Calcutta medical institutions reports 1892-1900
Year: 1892
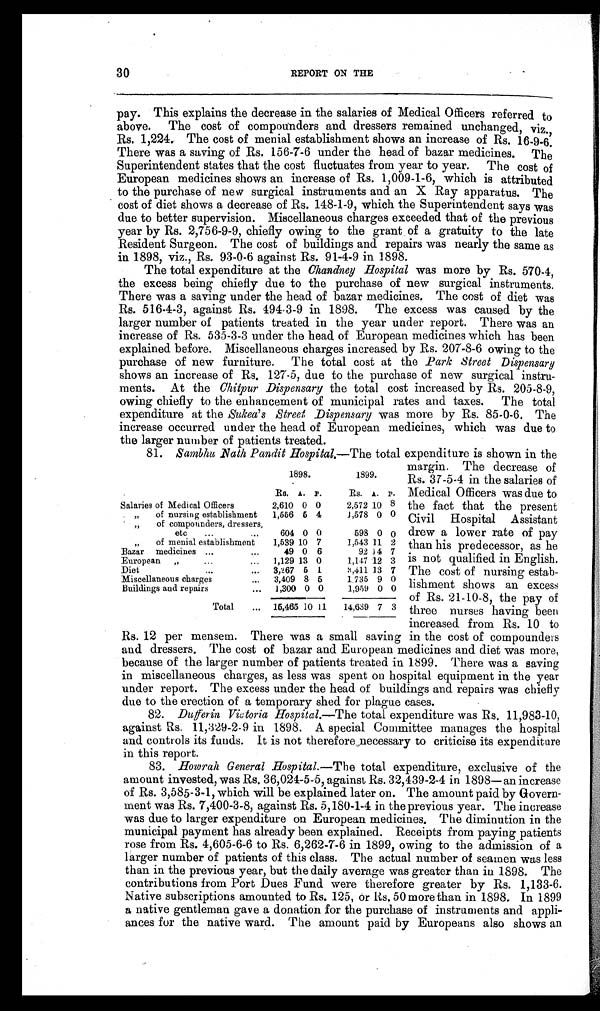
30
REPORT ON THE
pay. This explains the decrease in the salaries of Medical Officers referred to
above. The cost of compounders and dressers remained unchanged, viz ,
Rs. 1,224. The cost of menial establishment shows an increase of Rs. 16-9-6.
There was a saving of Rs. 156-7-6 under the head of bazar medicines. The
Superintendent states that the cost fluctuates from year to year. The cost of
European medicines shows an increase of Rs. 1,009-1-6, which is attributed
to the purchase of new surgical instruments and an X Ray apparatus. The
cost of diet shows a decrease of Rs. 148-1-9, which the Superintendent says was
due to better supervision. Miscellaneous charges exceeded that of the previous
year by Rs. 2,756-9-9, chiefly owing to the grant of a gratuity to the late
Resident Surgeon. The cost of buildings and repairs was nearly the same as
in 1898, viz., Rs. 93-0-6 against Rs. 91-4-9 in 1898.
The total expenditure at the Chandney Hospital was more by Rs. 570-4,
the excess being chiefly due to the purchase of new surgical instruments.
There was a saving under the head of bazar medicines. The cost of diet was
Rs. 516-4-3, against Rs. 494-3-9 in 1898. The excess was caused by the
larger number of patients treated in the year under report. There was an
increase of Rs. 535-3-3 under the head of European medicines which has been
explained before. Miscellaneous charges increased by Rs. 207-8-6 owing to the
purchase of new furniture. The total cost at the Park Street Dispensary
shows an increase of Rs. 127-5, due to the purchase of new surgical instru-
ments. At the Ch i t p u r Di s p e n s a r y t h e t o t a l c o s t i n c r e a s e d b y R s . 2 0 5 - 8 - 9 ,
owing chiefly to the enhancement of municipal rates and taxes. The total
expenditure at the Sulcea's Street Dispensary was more by Rs. 85-0-6. The
increase occurred under the head of European medicines, which was due to
the larger number of patients treated.
81. Sambhu Nath Pandit Hospital.—The total expenditure is shown in the
margin. The decrease of
Rs. 37-5-4 in the salaries of
Medical Officers was due to
the fact that the present
Civil Hospital Assistant
drew a lower rate of pay
than his predecessor, as he
is not qualified in English.
The cost of nursing estab-
lishment shows an excess
of Rs. 21-10-8, the pay of
three nurses having been
increased from Rs. 10 to
Rs. 12 per mensem. There was a small saving in the cost of compounders
and dressers. The cost of bazar and European medicines and diet was more,
because of the larger number of patients treated in 1899. There was a saving
in miscellaneous charges, as less was spent on hospital equipment in the year
under report. The excess under the head of buildings and repairs was chiefly
due to the erection of a temporary shed for plague cases.
82. Dufferin Victoria Hospital.—The total expenditure was Rs. 11,983-10,
against Rs. 11,829-2-9 in 1898. A special Committee manages the hospital
and controls its funds. It is not therefore necessary to criticise its expenditure
in this report.
83. Howah General Hospital.—The total expenditure, exclusive of the
amount invested, was Rs. 36,024-5-5, against Rs. 32,439-2-4 in 1898—an increase
of Rs. 3,585-3-1, which will be explained later on. The amount paid by Govern-
ment was Rs. 7,400-3-8, against Rs. 5,180-1-4 in the previous year. The increase
was due to larger expenditure on European medicines. The diminution in the
municipal payment has already been explained. Receipts from paying patients
rose from Rs. 4,605-6-6 to Rs. 6,262-7-6 in 1899, owing to the admission of a
larger number of patients of this class. The actual number of seamen was less
than in the previous year, but the daily average was greater than in 1898. The
contributions from Port Dues Fund were therefore greater by Rs. 1,133-6.
Native subscriptions amounted to Rs. 125, or Rs. 50 more than in 1898. In 1899
a native gentleman gave a donation for the purchase of instruments and appli-
ances for the native ward. The amount paid by Europeans also shows an
1898.
Rs.
A.
P.
1899.
Rs.
A.
P.
Salaries of Medical Off icers
2,610 0 0
2,572 10 8
„
of nursing establishment
1,556 6 4
1,578 0 0
,,
of compounders, dressers,
etc
...
...
604 0 0
598 0 0
, , o f m e n i a l e s t a b l i s h m e n t
1,539 10 7
1,543 11 2
Bazar medicines ...
...
49 0 6
92 14 7
European
„
. . . . . .
1,129 13 0
1,147 12 3
Diet
...
...
3,267 5 1
3,411 13 7
Miscellaneous charges
...
3,409
8 5
1 735 9 0
Buildings and repairs
...
1,300 0 0
1,959 0 0
Total
...
15,465 10 11
14,639 7 3